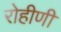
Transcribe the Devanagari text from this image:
रोहीणी